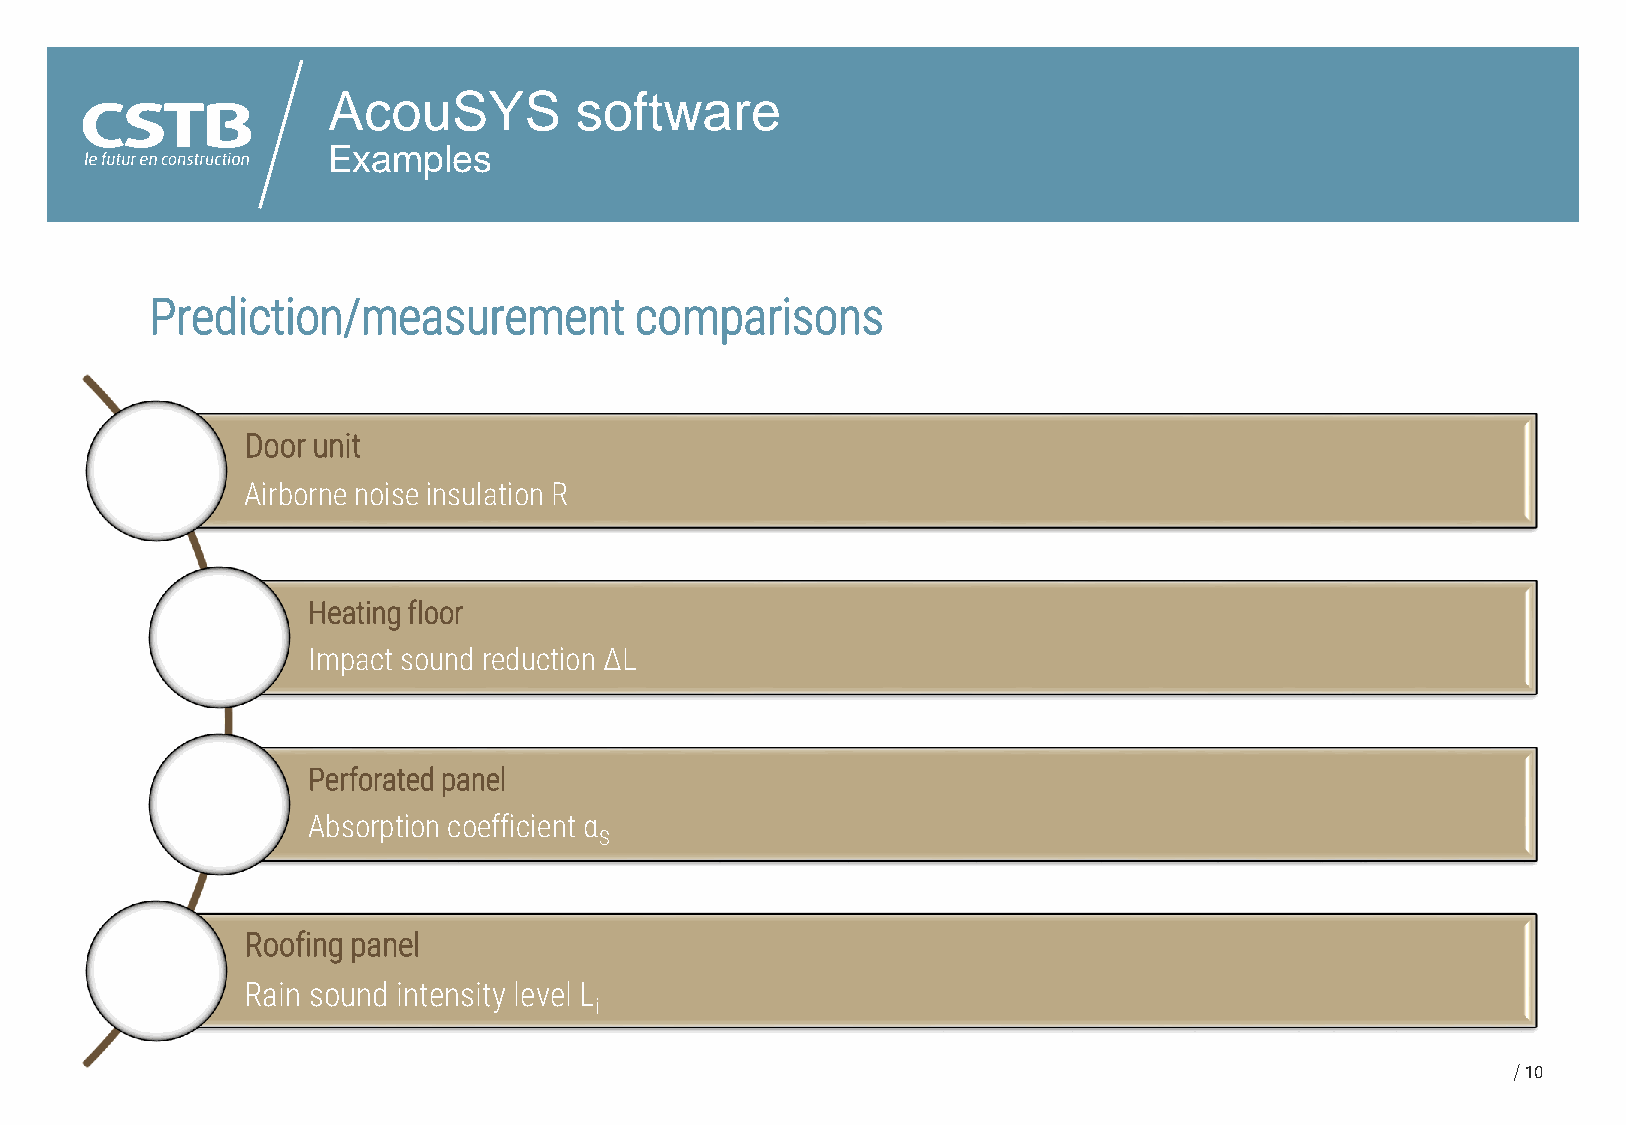
AcouSYS         software
 Examples
 Prediction/measurement          comparisons
 Door unit
 Airborne noise insulation R
 Heatingfloor
 Impact sound reduction ΔL
 Perforatedpanel
 Absorption coefficient α
 S
 Roofing panel
 Rain sound intensity level L
 i
 10